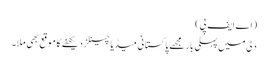
(اے ایف پی)
دلی میں پہلی بار مجھے پاکستانی میڈیا چینلز دیکھنے کا موقع بھی ملا۔